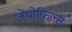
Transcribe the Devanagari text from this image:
ज़ेंथोफिल्स